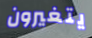
يتغيرون